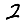
Digit: 2